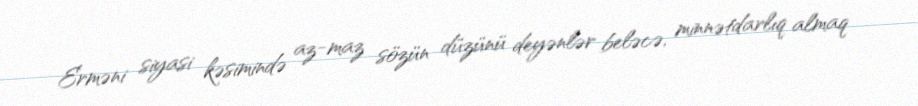
Erməni siyasi kəsimində az-maz sözün düzünü deyənlər beləcə, minnətdarlıq almaq